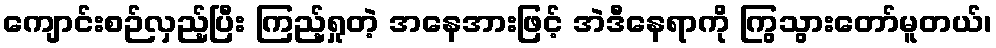
ကျောင်းစဉ်လှည့်ပြီး ကြည့်ရှုတဲ့ အနေအားဖြင့် အဲဒီနေရာကို ကြွသွားတော်မူတယ်၊